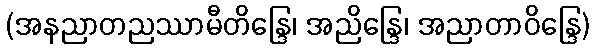
(အနညာတညဿာမီတိန္ဒြေ၊ အညိန္ဒြေ၊ အညာတာဝိန္ဒြေ)